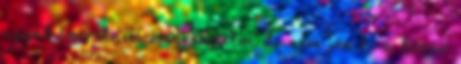
agyat szeretném megrendelni de nem jön ki a kosár